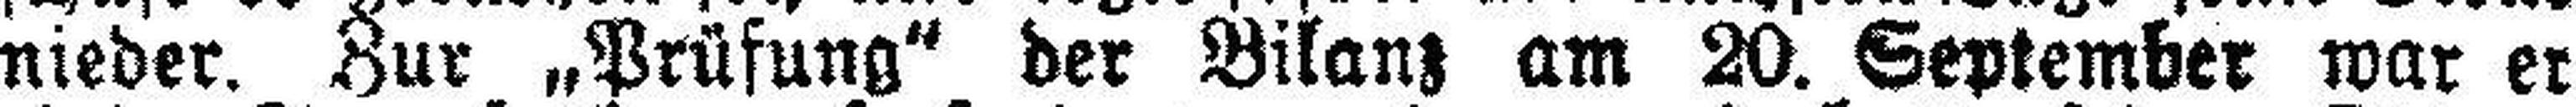
nieder. Zur „Prüfung“ der Bilanz am 20. September war er